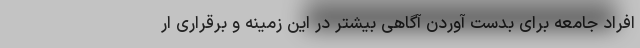
افراد جامعه برای بدست آوردن آگاهی بیشتر در این زمینه و برقراری ار